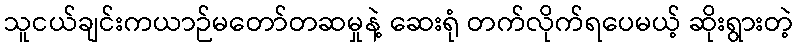
သူငယ်ချင်းကယာဉ်မတော်တဆမှုနဲ့ ဆေးရုံ တက်လိုက်ရပေမယ့် ဆိုးရွားတဲ့